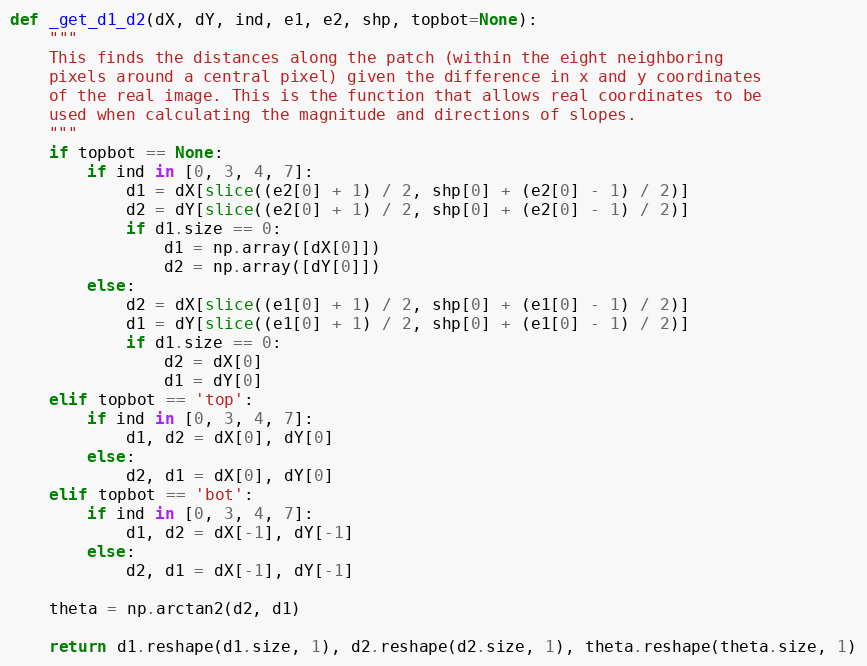
Language: Python
def _get_d1_d2(dX, dY, ind, e1, e2, shp, topbot=None):
    """
    This finds the distances along the patch (within the eight neighboring
    pixels around a central pixel) given the difference in x and y coordinates
    of the real image. This is the function that allows real coordinates to be
    used when calculating the magnitude and directions of slopes.
    """
    if topbot == None:
        if ind in [0, 3, 4, 7]:
            d1 = dX[slice((e2[0] + 1) / 2, shp[0] + (e2[0] - 1) / 2)]
            d2 = dY[slice((e2[0] + 1) / 2, shp[0] + (e2[0] - 1) / 2)]
            if d1.size == 0:
                d1 = np.array([dX[0]])
                d2 = np.array([dY[0]])
        else:
            d2 = dX[slice((e1[0] + 1) / 2, shp[0] + (e1[0] - 1) / 2)]
            d1 = dY[slice((e1[0] + 1) / 2, shp[0] + (e1[0] - 1) / 2)]
            if d1.size == 0:
                d2 = dX[0]
                d1 = dY[0]
    elif topbot == 'top':
        if ind in [0, 3, 4, 7]:
            d1, d2 = dX[0], dY[0]
        else:
            d2, d1 = dX[0], dY[0]
    elif topbot == 'bot':
        if ind in [0, 3, 4, 7]:
            d1, d2 = dX[-1], dY[-1]
        else:
            d2, d1 = dX[-1], dY[-1]

    theta = np.arctan2(d2, d1)

    return d1.reshape(d1.size, 1), d2.reshape(d2.size, 1), theta.reshape(theta.size, 1)